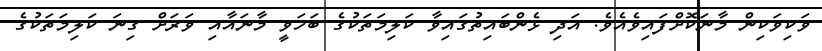
ވަކިވަކިން މާނަކޮށްފައިވެއެވެ. އަދި ޅެންބައިތުގައިވާ ކަލިމަތަކުގެ ބަހަވީ މާނައާއި ވަރަށް ގިނަ ކަލިމަތަކުގެ